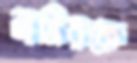
নাসিরকে